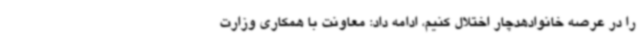
را در عرصه خانوادهدچار اختلال کنیم، ادامه داد: معاونت با همکاری وزارت